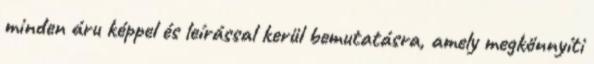
minden áru képpel és leírással kerül bemutatásra, amely megkönnyíti